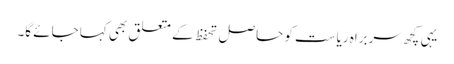
یہی کچھ سربراہِ ریاست کو حاصل تحفظ کے متعلق بھی کہا جائے گا۔